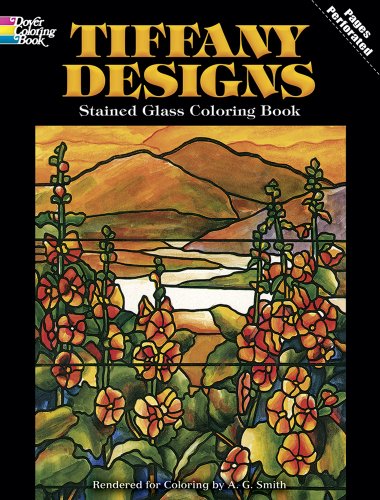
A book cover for Tiffany Designs Stained Glass Coloring Book (Dover Design Stained Glass Coloring Book); A. G. Smith; Crafts, Hobbies & Home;